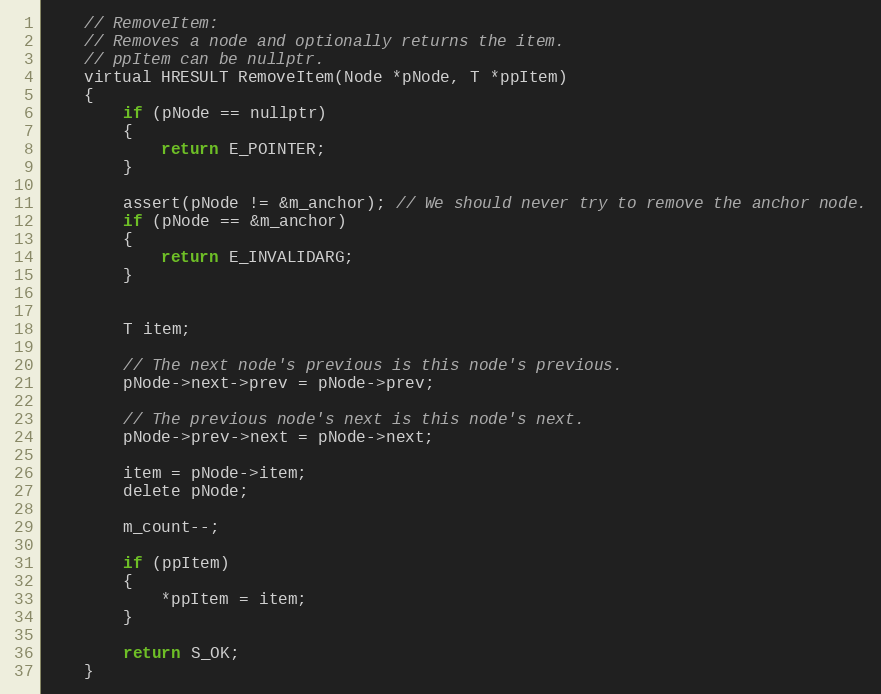
Language: C
    // RemoveItem:
    // Removes a node and optionally returns the item.
    // ppItem can be nullptr.
    virtual HRESULT RemoveItem(Node *pNode, T *ppItem)
    {
        if (pNode == nullptr)
        {
            return E_POINTER;
        }

        assert(pNode != &m_anchor); // We should never try to remove the anchor node.
        if (pNode == &m_anchor)
        {
            return E_INVALIDARG;
        }

        T item;

        // The next node's previous is this node's previous.
        pNode->next->prev = pNode->prev;

        // The previous node's next is this node's next.
        pNode->prev->next = pNode->next;

        item = pNode->item;
        delete pNode;

        m_count--;

        if (ppItem)
        {
            *ppItem = item;
        }

        return S_OK;
    }